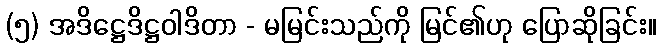
(၅) အဒိဋ္ဌေဒိဋ္ဌဝါဒိတာ - မမြင်းသည်ကို မြင်၏ဟု ပြောဆိုခြင်း။